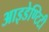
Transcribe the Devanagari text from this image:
आइडेण्टिटी